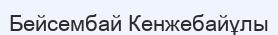
Бейсембай Кенжебайұлы